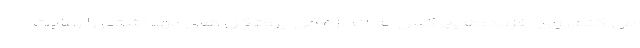
می کنم. وی افزود: هیچ کس به اندازه من پروتکل های بهداشتی را رعایت